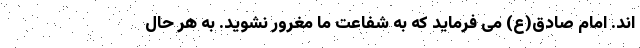
اند. امام صادق(ع) می فرماید که به شفاعت ما مغرور نشوید. به هر حال